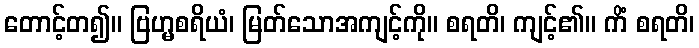
တောင့်တ၍။ ဗြဟ္မစရိယံ၊ မြတ်သောအကျင့်ကို။ စရတိ၊ ကျင့်၏။ ကိံ စရတိ၊